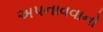
અપનાવવાનો